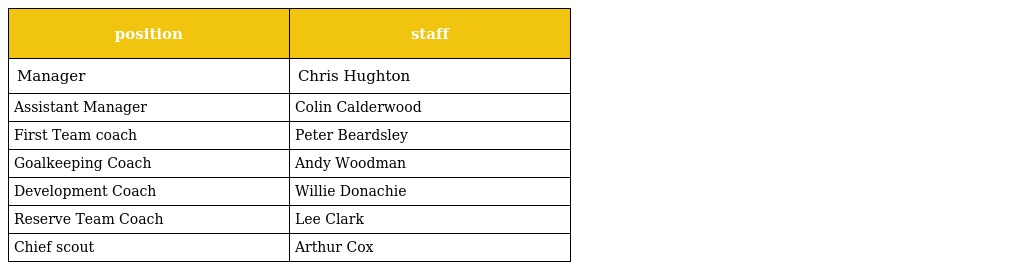
| position | staff |
 | --- | --- |
 | Manager | Chris Hughton |
 | Assistant Manager | Colin Calderwood |
 | First Team coach | Peter Beardsley |
 | Goalkeeping Coach | Andy Woodman |
 | Development Coach | Willie Donachie |
 | Reserve Team Coach | Lee Clark |
 | Chief scout | Arthur Cox |